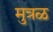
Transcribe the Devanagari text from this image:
मुत्रळ